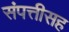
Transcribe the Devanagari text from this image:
संपत्तीसह